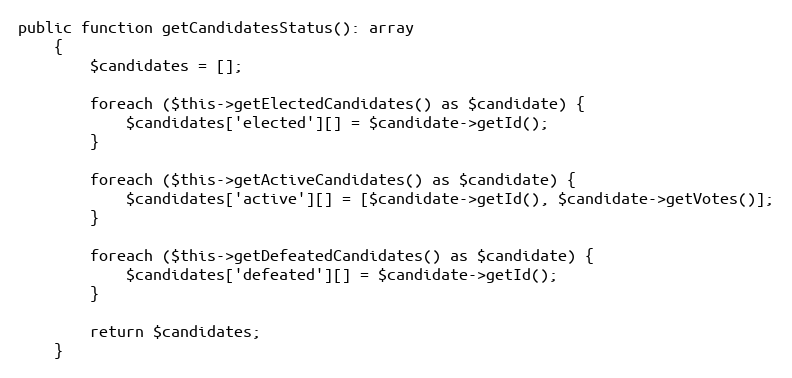
Language: PHP
public function getCandidatesStatus(): array
    {
        $candidates = [];

        foreach ($this->getElectedCandidates() as $candidate) {
            $candidates['elected'][] = $candidate->getId();
        }

        foreach ($this->getActiveCandidates() as $candidate) {
            $candidates['active'][] = [$candidate->getId(), $candidate->getVotes()];
        }

        foreach ($this->getDefeatedCandidates() as $candidate) {
            $candidates['defeated'][] = $candidate->getId();
        }

        return $candidates;
    }